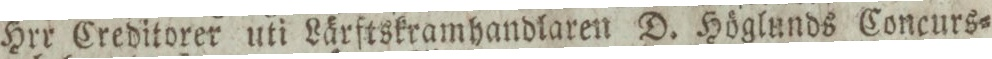
Hrr Creditorer uti Lärftskramhandlaren D. Höglunds Concurs=